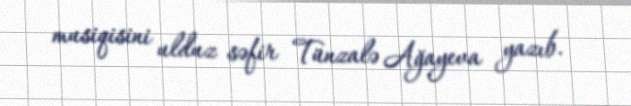
musiqisini ulduz səfir Tünzalə Ağayeva yazıb.